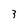
Character: 3